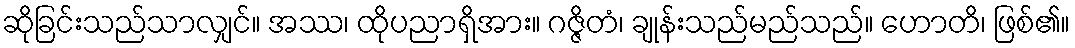
ဆိုခြင်းသည်သာလျှင်။ အဿ၊ ထိုပညာရှိအား။ ဂဇ္ဇိတံ၊ ချုန်းသည်မည်သည်။ ဟောတိ၊ ဖြစ်၏။